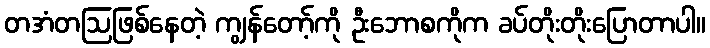
တအံတဩဖြစ်နေတဲ့ ကျွန်တော့်ကို ဦးဘောစကိုက ခပ်တိုးတိုးပြောတာပါ။